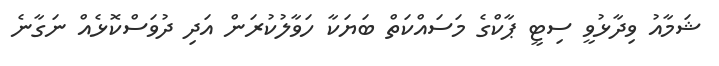
ޝަމާއު ވިދާޅުވީ ސިޓީ ޕާކްގެ މަސައްކަތް ބަޔަކާ ހަވާލުކުރަން އަދި ދުވަސްކޮޅެއް ނަގާނެ